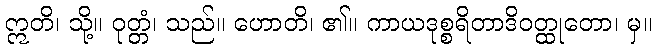
ဣတိ၊ သို့။ ဝုတ္တံ၊ သည်။ ဟောတိ၊ ၏။ ကာယဒုစ္စရိတာဒိဝတ္ထုတော၊ မှ။